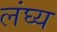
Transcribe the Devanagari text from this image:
लंघ्य